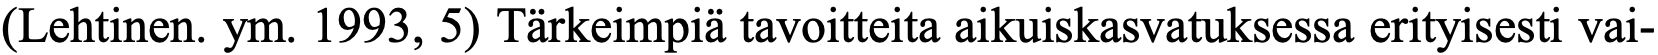
(Lehtinen. ym. 1993, 5) Tärkeimpiä tavoitteita aikuiskasvatuksessa erityisesti vai-